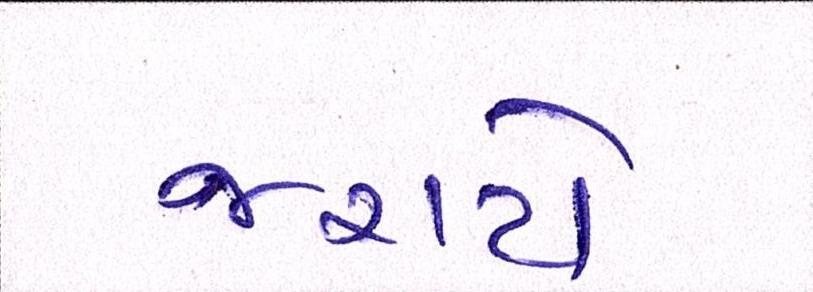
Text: જરાયે